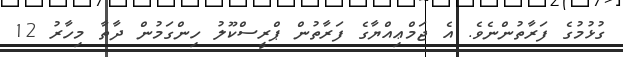
ގުޅުމުގެ ފަރާތުންނެވެ. އެ ޖަމްޢިއްޔާގެ ފަރާތުން ޕްރީސްކޫލު ހިންގަމުން ދާތާ މިހާރު 12